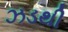
ઝડથી